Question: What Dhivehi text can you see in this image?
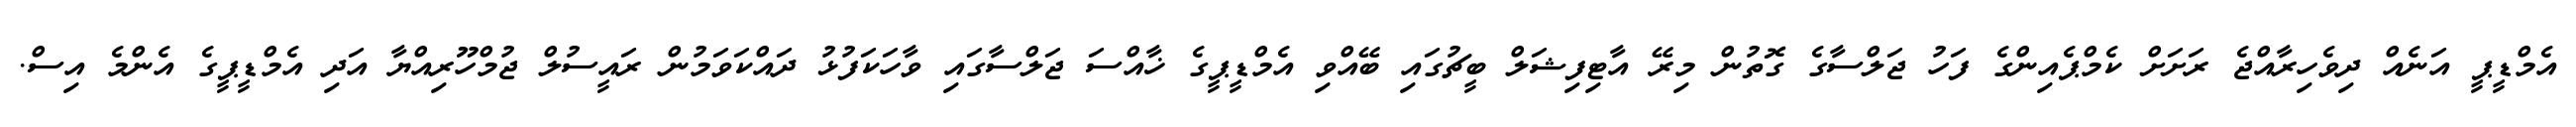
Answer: އެމްޑީޕީ އަނެއް ދިވެހިރާއްޖެ ރަށަށް ކެމްޕެއިންގެ ފަހު ޖަލްސާގެ ގޮތުން މިރޭ އާޓިފިޝަލް ބީޗުގައި ބޭއްވި އެމްޑީޕީގެ ޚާއްސަ ޖަލްސާގައި ވާހަކަފުޅު ދައްކަވަމުން ރައީސުލް ޖުމްހޫރިއްޔާ އަދި އެމްޑީޕީގެ އެންމެ އިސް.